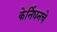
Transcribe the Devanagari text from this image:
केर्निघनचे